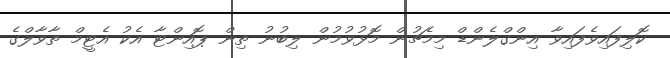
ކޮލިފައިވެފައިވާ އިންގްލެންޑް މިމެޗުން މޮޅުވުމުން ލިބުނު ތިން ޕޮއިންޓާ އެކު އެޓީމް ތާވާލްގެ